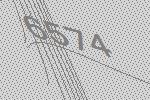
6574